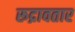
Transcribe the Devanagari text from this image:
रूद्रावतार